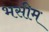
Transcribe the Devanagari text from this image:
भसीम